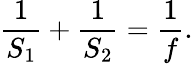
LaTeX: {\frac{1}{S_{1}}}+{\frac{1}{S_{2}}}={\frac{1}{f}}.